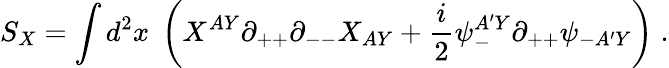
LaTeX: S_{X}=\int d^{2}x\; \left(X^{AY}\partial_{++}\partial_{--}X_{AY}+{\frac{i}{2}}\psi_{-}^{A^{\prime}Y}\partial_{++}\psi_{-A^{\prime}Y}\right)\; .